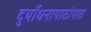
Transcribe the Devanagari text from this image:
दुर्योधनापाठोपाठ